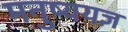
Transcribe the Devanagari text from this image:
मनुष्ययज्ञ